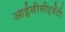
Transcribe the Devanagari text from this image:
आईसीसीट्वेंटी